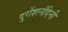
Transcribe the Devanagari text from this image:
दुगेंशनंदिनी